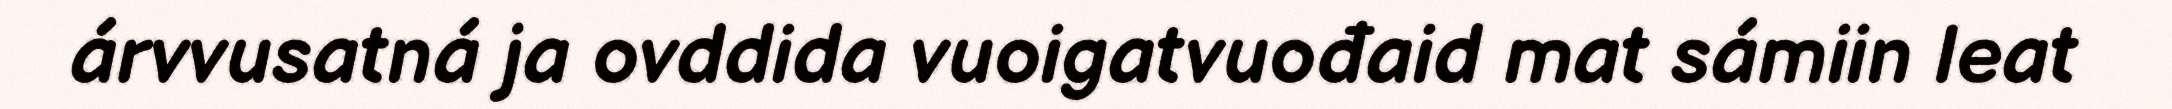
árvvusatná ja ovddida vuoigatvuođaid mat sámiin leat